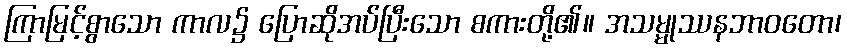
ကြာမြင့်စွာသော ကာလ၌ ပြောဆိုအပ်ပြီးသော စကားတို့၏။ အသမ္မုဿနဘာဝတော၊